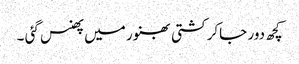
کچھ دور جاکر کشتی بھنور میں پھنس گئی ۔